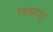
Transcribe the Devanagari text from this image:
रणकपपुर